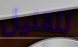
للقليل